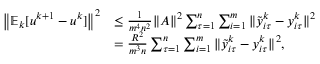
\begin{array} { r l } { \left\| \mathbb { E } _ { k } [ u ^ { k + 1 } - u ^ { k } ] \right\| ^ { 2 } } & { \leq \frac { 1 } { m ^ { 4 } n ^ { 2 } } \| A \| ^ { 2 } \sum _ { \tau = 1 } ^ { n } \sum _ { i = 1 } ^ { m } \| { \tilde { y } } _ { i \tau } ^ { k } - y _ { i \tau } ^ { k } \| ^ { 2 } } \\ & { = \frac { R ^ { 2 } } { m ^ { 3 } n } \sum _ { \tau = 1 } ^ { n } \sum _ { i = 1 } ^ { m } \| { \tilde { y } } _ { i \tau } ^ { k } - y _ { i \tau } ^ { k } \| ^ { 2 } , } \end{array}